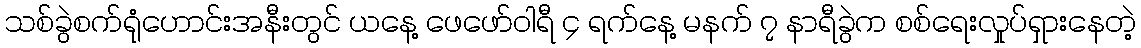
သစ်ခွဲစက်ရုံဟောင်းအနီးတွင် ယနေ့ ဖေဖော်ဝါရီ ၄ ရက်နေ့ မနက် ၇ နာရီခွဲက စစ်ရေးလှုပ်ရှားနေတဲ့